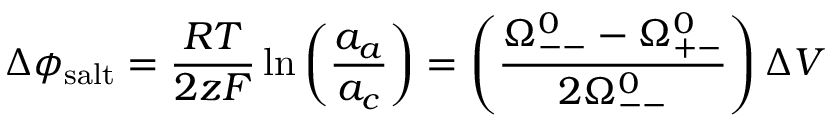
\Delta \phi _ { \mathrm { s a l t } } = \frac { R T } { 2 z F } \ln \left( \frac { a _ { a } } { a _ { c } } \right) = \left( \frac { \Omega _ { -- } ^ { 0 } - \Omega _ { + - } ^ { 0 } } { 2 \Omega _ { -- } ^ { 0 } } \right) \Delta V